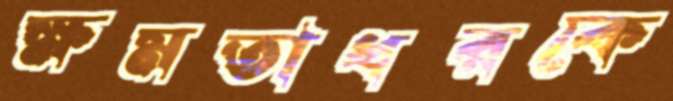
ক্ষমতাধরকে